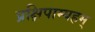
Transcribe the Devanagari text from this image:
प्रक्षिपाम्यहम्